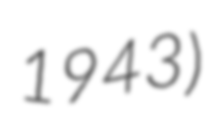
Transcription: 1943)